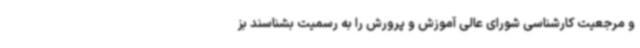
و مرجعیت کارشناسی شورای عالی آموزش و پرورش را به رسمیت بشناسند بز